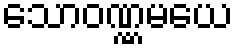
သောဝဏ္ဏမယေ